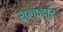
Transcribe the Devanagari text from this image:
शल्कदार